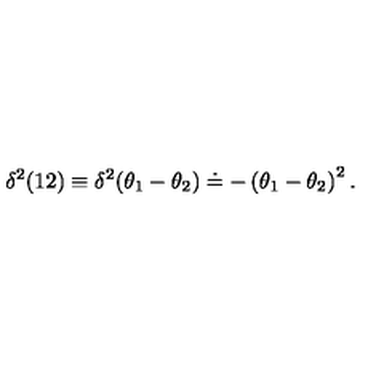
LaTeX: \delta ^ { 2 } ( 1 2 ) \equiv \delta ^ { 2 } ( \theta _ { 1 } - \theta _ { 2 } ) \doteq - \left( \theta _ { 1 } - \theta _ { 2 } \right) ^ { 2 } .